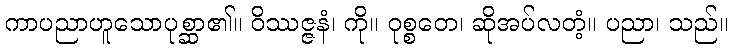
ကာပညာဟူသောပုစ္ဆာ၏။ ဝိဿဇ္ဇနံ၊ ကို။ ဝုစ္စတေ၊ ဆိုအပ်လတံ့။ ပညာ၊ သည်။